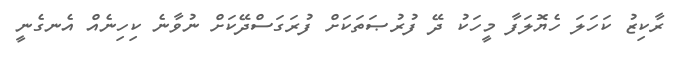
ރާކިޒު ކަހަލަ ހެޔޮލަފާ މީހަކު ދޭ ފުރުޞަތަކަށް ފުރަގަސްދޭކަށް ނުވާނެ ކިހިނެއް އެނގެނީ